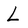
Character: L